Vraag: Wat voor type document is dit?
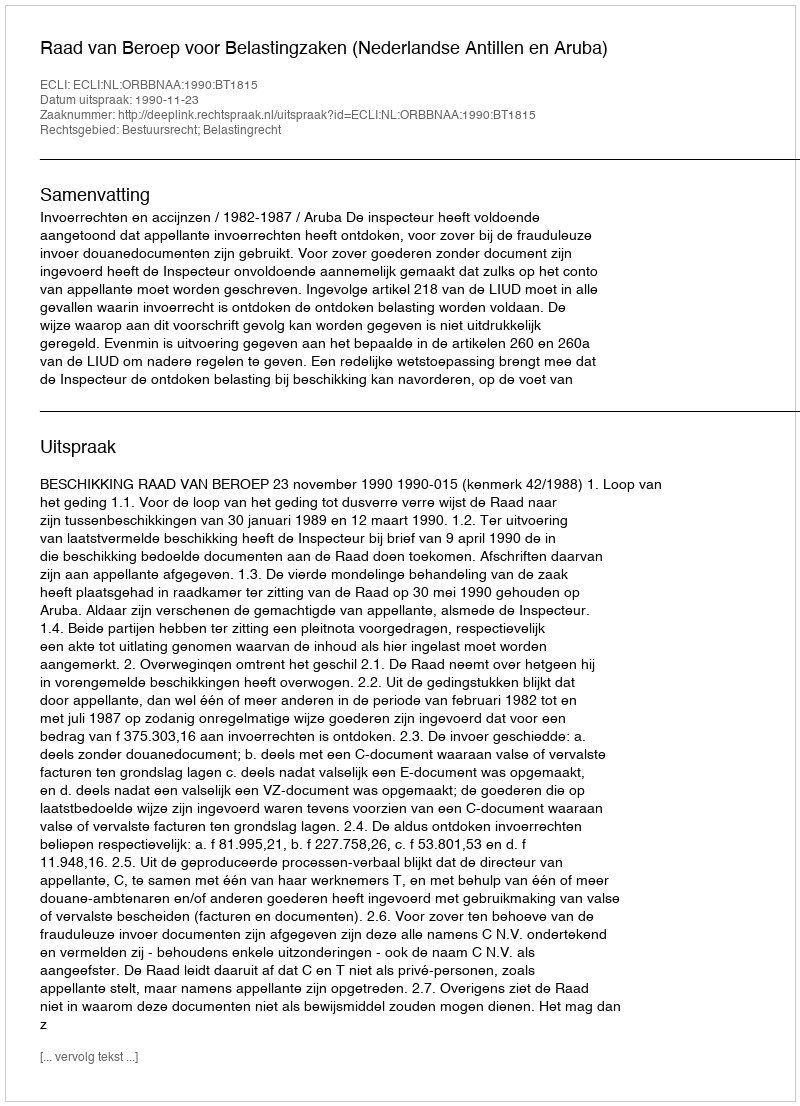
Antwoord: Uitspraak